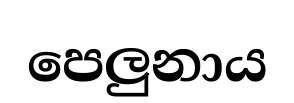
පෙලුනාය